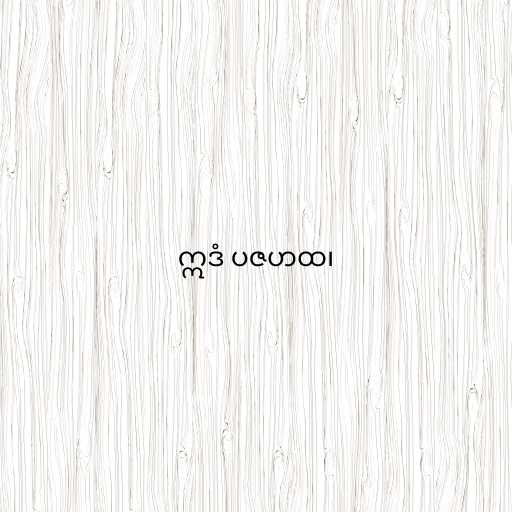
ဣဒံ ပဇဟထ၊